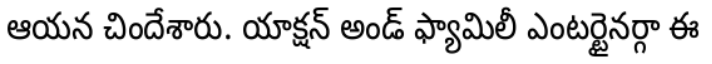
ఆయన చిందేశారు. యాక్షన్ అండ్ ఫ్యామిలీ ఎంటర్టైనర్గా ఈ